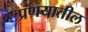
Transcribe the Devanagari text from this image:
प्रणयातील